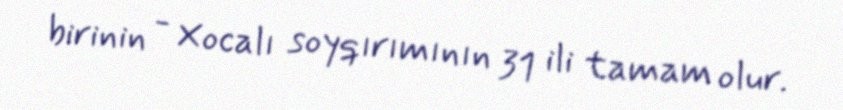
birinin - Xocalı soyqırımının 31 ili tamam olur.